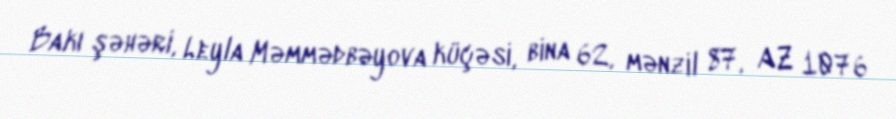
Bakı şəhəri, Leyla Məmmədbəyova küçəsi, bina 62, mənzil 87, AZ 1076